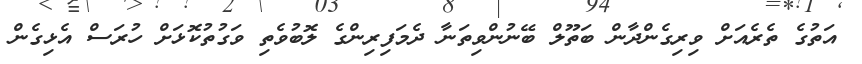
އަތުގެ ތެރެއަށް ވިރިގެންދާން ބަތޫލް ބޭނުންވިތަނާ ދެމަފިރިންގެ ލޮބުވެތި ވަގުތުކޮޅަށް ހުރަސް އެޅިގެން